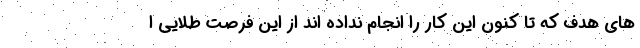
های هدف که تا کنون این کار را انجام نداده اند از این فرصت طلایی ا